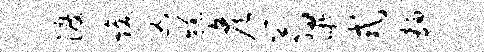
渡焕凶糕彦翁吁式面